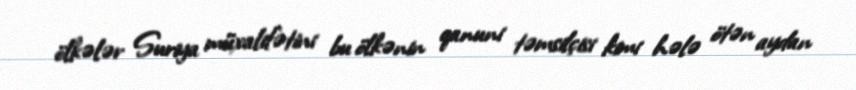
ölkələr Suriya müxalifətini bu ölkənin qanuni təmsilçisi kimi hələ ötən aydan